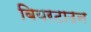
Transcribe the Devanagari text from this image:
बियरटाउन